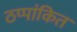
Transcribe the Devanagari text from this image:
ठप्पांकित